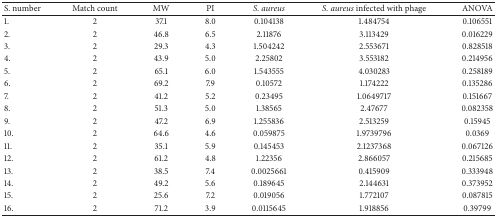
| S. number | Match count | MW | PI | S. aureus | S. aureus infected with phage | ANOVA |
 | --- | --- | --- | --- | --- | --- | --- |
 | 1. | 2 | 37.1 | 8.0 | 0.104138 | 1.484754 | 0.106551 |
 | 2. | 2 | 46.8 | 6.5 | 2.11876 | 3.113429 | 0.016229 |
 | 3. | 2 | 29.3 | 4.3 | 1.504242 | 2.553671 | 0.828518 |
 | 4. | 2 | 43.9 | 5.0 | 2.25802 | 3.553182 | 0.214956 |
 | 5. | 2 | 65.1 | 6.0 | 1.543555 | 4.030283 | 0.258189 |
 | 6. | 2 | 69.2 | 7.9 | 0.10572 | 1.174222 | 0.135286 |
 | 7. | 2 | 41.2 | 5.2 | 0.23495 | 1.0649717 | 0.151667 |
 | 8. | 2 | 51.3 | 5.0 | 1.38565 | 2.47677 | 0.082358 |
 | 9. | 2 | 47.2 | 6.9 | 1.255836 | 2.513259 | 0.15945 |
 | 10. | 2 | 64.6 | 4.6 | 0.059875 | 1.9739796 | 0.0369 |
 | 11. | 2 | 35.1 | 5.9 | 0.145453 | 2.1237368 | 0.067126 |
 | 12. | 2 | 61.2 | 4.8 | 1.22356 | 2.866057 | 0.215685 |
 | 13. | 2 | 38.5 | 7.4 | 0.0025661 | 0.415909 | 0.333948 |
 | 14. | 2 | 49.2 | 5.6 | 0.189645 | 2.144631 | 0.373952 |
 | 15. | 2 | 25.6 | 7.2 | 0.019056 | 1.772107 | 0.087815 |
 | 16. | 2 | 71.2 | 3.9 | 0.0115645 | 1.918856 | 0.39799 |